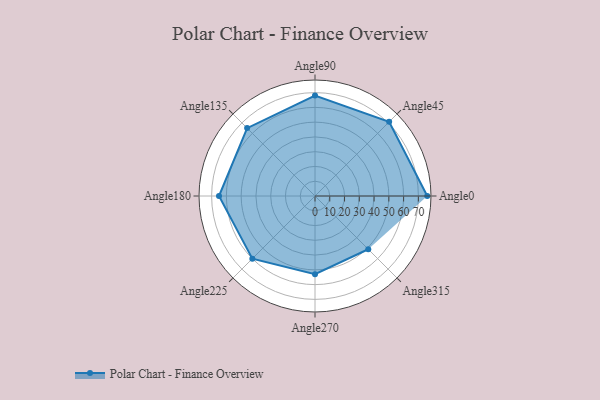
{"axis": {"x": "Angle", "y": "Radius"}, "legend": [""], "data": [{"x": "Angle0", "y": 76.0, "type": ""}, {"x": "Angle45", "y": 71.0, "type": ""}, {"x": "Angle90", "y": 68.0, "type": ""}, {"x": "Angle135", "y": 65.0, "type": ""}, {"x": "Angle180", "y": 65.0, "type": ""}, {"x": "Angle225", "y": 60.0, "type": ""}, {"x": "Angle270", "y": 53.0, "type": ""}, {"x": "Angle315", "y": 51.0, "type": ""}]}